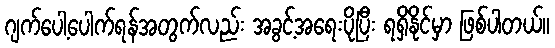
ဂျက်ပေါ့ပေါက်ရန်အတွက်လည်း အခွင့်အရေးပိုပြီး ရရှိနိုင်မှာ ဖြစ်ပါတယ်။